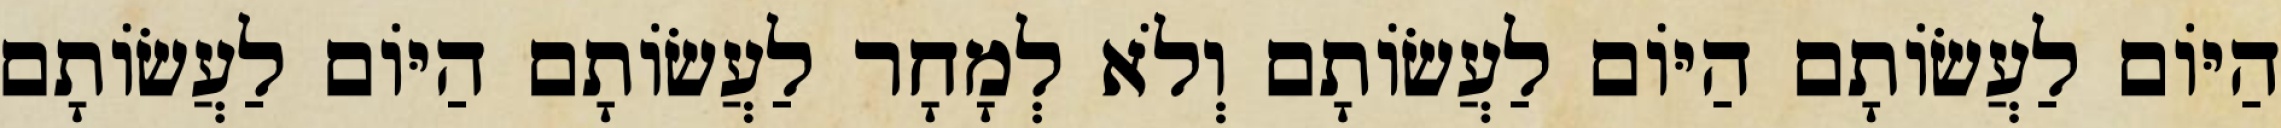
הַיּוֹם לַעֲשׂוֹתָם הַיּוֹם לַעֲשׂוֹתָם וְלֹא לְמָחָר לַעֲשׂוֹתָם הַיּוֹם לַעֲשׂוֹתָם